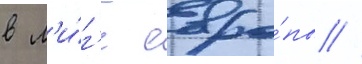
в л'и́г'е евро́пы //